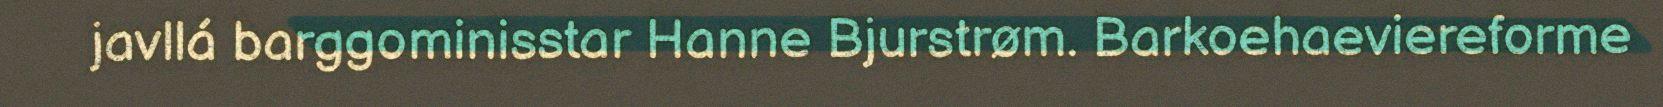
javllá barggominisstar Hanne Bjurstrøm. Barkoehaeviereforme